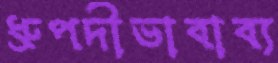
ধ্রুপদীভাবাব্য